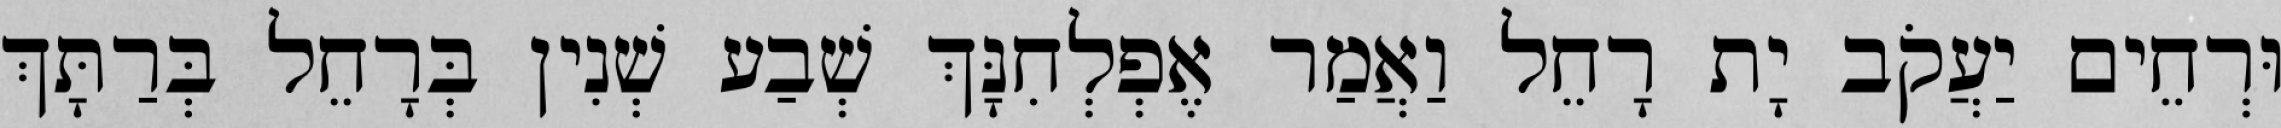
וּרְחֵים יַעֲקֹב יָת רָחֵל וַאֲמַר אֶפְלְחִנָּךְ שְׁבַע שְׁנִין בְּרָחֵל בְּרַתָּךְ